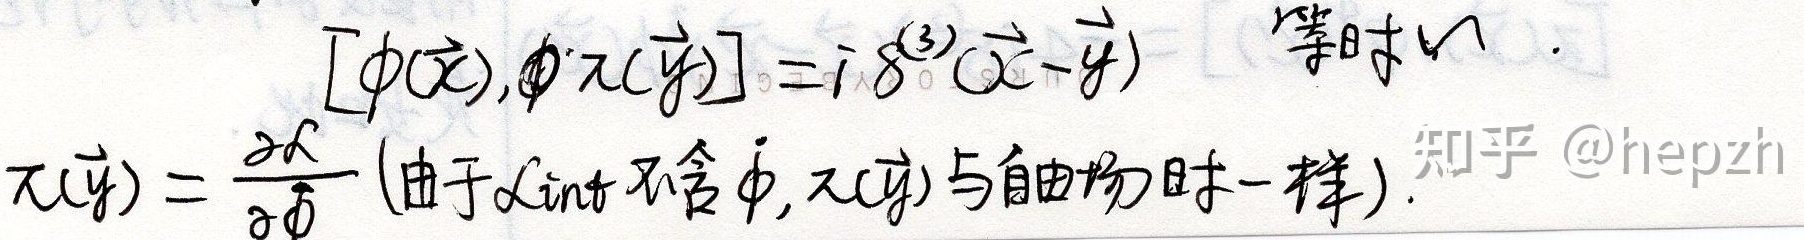
$[\phi(\vec{x}),\pi(\vec{y})]=i\delta^{(3)}(\vec{x}-\vec{y})$ （等时）
$\pi(\vec{y})=\frac{\partial \mathcal{L}}{\partial \dot{\phi}}$ (由于 $\mathcal{L}_{int}$ 不含 $\dot{\phi}$, $\pi(\vec{y})$ 与自由场时一样).
知乎 @hepzh